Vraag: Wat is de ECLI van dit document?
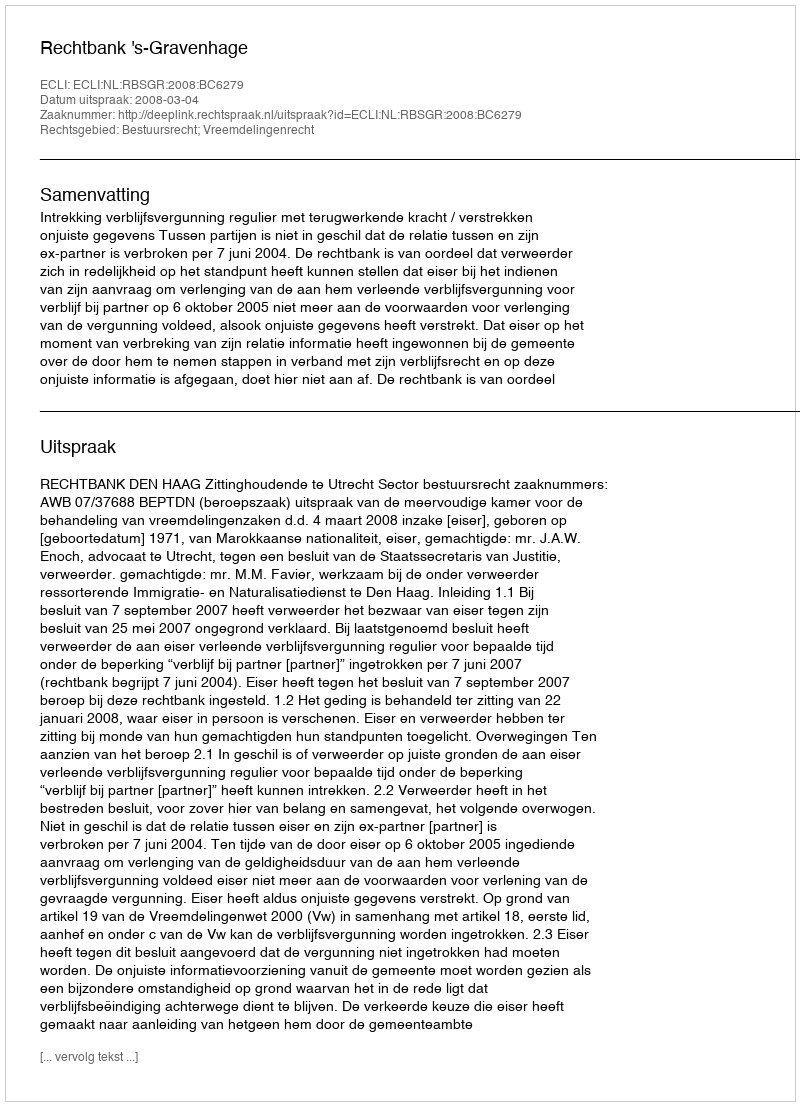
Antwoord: ECLI:NL:RBSGR:2008:BC6279